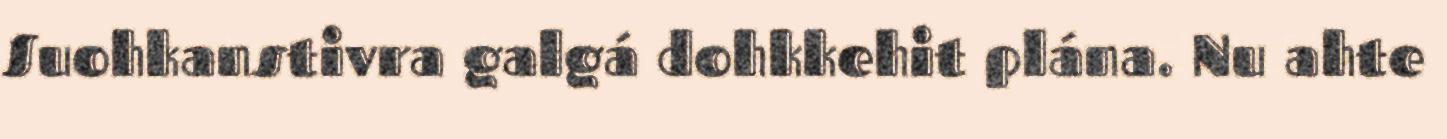
Suohkanstivra galgá dohkkehit plána. Nu ahte